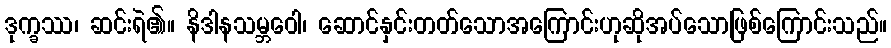
ဒုက္ခဿ၊ ဆင်းရဲ၏။ နိဒါနသမ္ဘဝေါ၊ ဆောင်နှင်းတတ်သောအကြောင်းဟုဆိုအပ်သောဖြစ်ကြောင်းသည်။